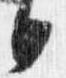
日